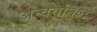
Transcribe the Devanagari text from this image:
अन्वयनिष्ठ